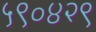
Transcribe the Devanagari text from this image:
५९०४२९